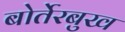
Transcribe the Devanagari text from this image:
बोर्तेरबुख